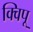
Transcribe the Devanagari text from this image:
क्विपू